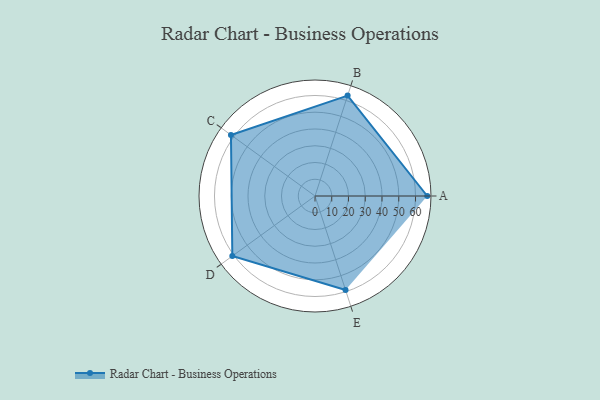
{"axis": {"x": "Skill", "y": "Score"}, "legend": ["Profile"], "data": [{"x": "A", "y": 67.0, "type": "Profile"}, {"x": "B", "y": 63.0, "type": "Profile"}, {"x": "C", "y": 62.0, "type": "Profile"}, {"x": "D", "y": 61.0, "type": "Profile"}, {"x": "E", "y": 59.0, "type": "Profile"}]}